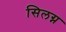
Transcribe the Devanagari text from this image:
सिलग्न